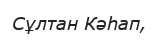
Сұлтан Кәһап,